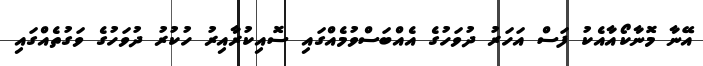
އޭނާ މޮނާކޯއާއެކު ފަސް އަހަރު ދުވަހުގެ އެއްބަސްވުމެއްގައި ސޮއިކުރާއިރު ހުކުރު ދުވަހުގެ ވަގުތެއްގައި